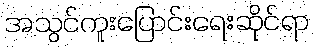
အသွင်ကူးပြောင်းရေးဆိုင်ရာ